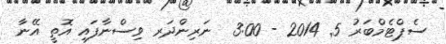
ސެޕްޓެމްބަރު 5